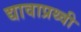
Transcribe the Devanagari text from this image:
द्यावाप्रथ्वी